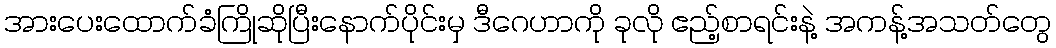
အားပေးထောက်ခံကြိုဆိုပြီးနောက်ပိုင်းမှ ဒီဂေဟာကို ခုလို ဧည့်စာရင်းနဲ့ အကန့်အသတ်တွေ